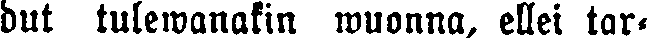
dut tulewanakin wuonna, ellei tar-